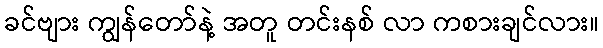
ခင်ဗျား ကျွန်တော်နဲ့ အတူ တင်းနစ် လာ ကစားချင်လား။